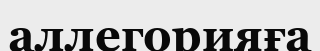
аллегорияға